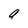
Character: a